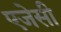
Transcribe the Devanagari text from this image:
एजेसी